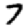
Digit: 7